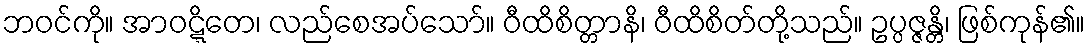
ဘဝင်ကို။ အာဝဋ္ဋိတေ၊ လည်စေအပ်သော်။ ဝီထိစိတ္တာနိ၊ ဝီထိစိတ်တို့သည်။ ဥပ္ပဇ္ဇန္တိ၊ ဖြစ်ကုန်၏။